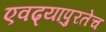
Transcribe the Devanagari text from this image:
एवढ्यापुरतेच